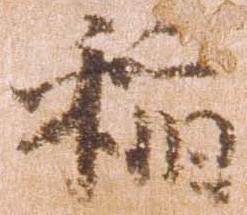
稲